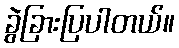
ခွဲခြားပြပါတယ်။